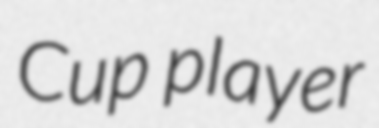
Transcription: Cup player